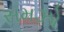
સમઝો